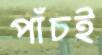
পাঁচই